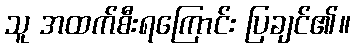
သူ အထက်စီးရကြောင်း ပြချင်၏။